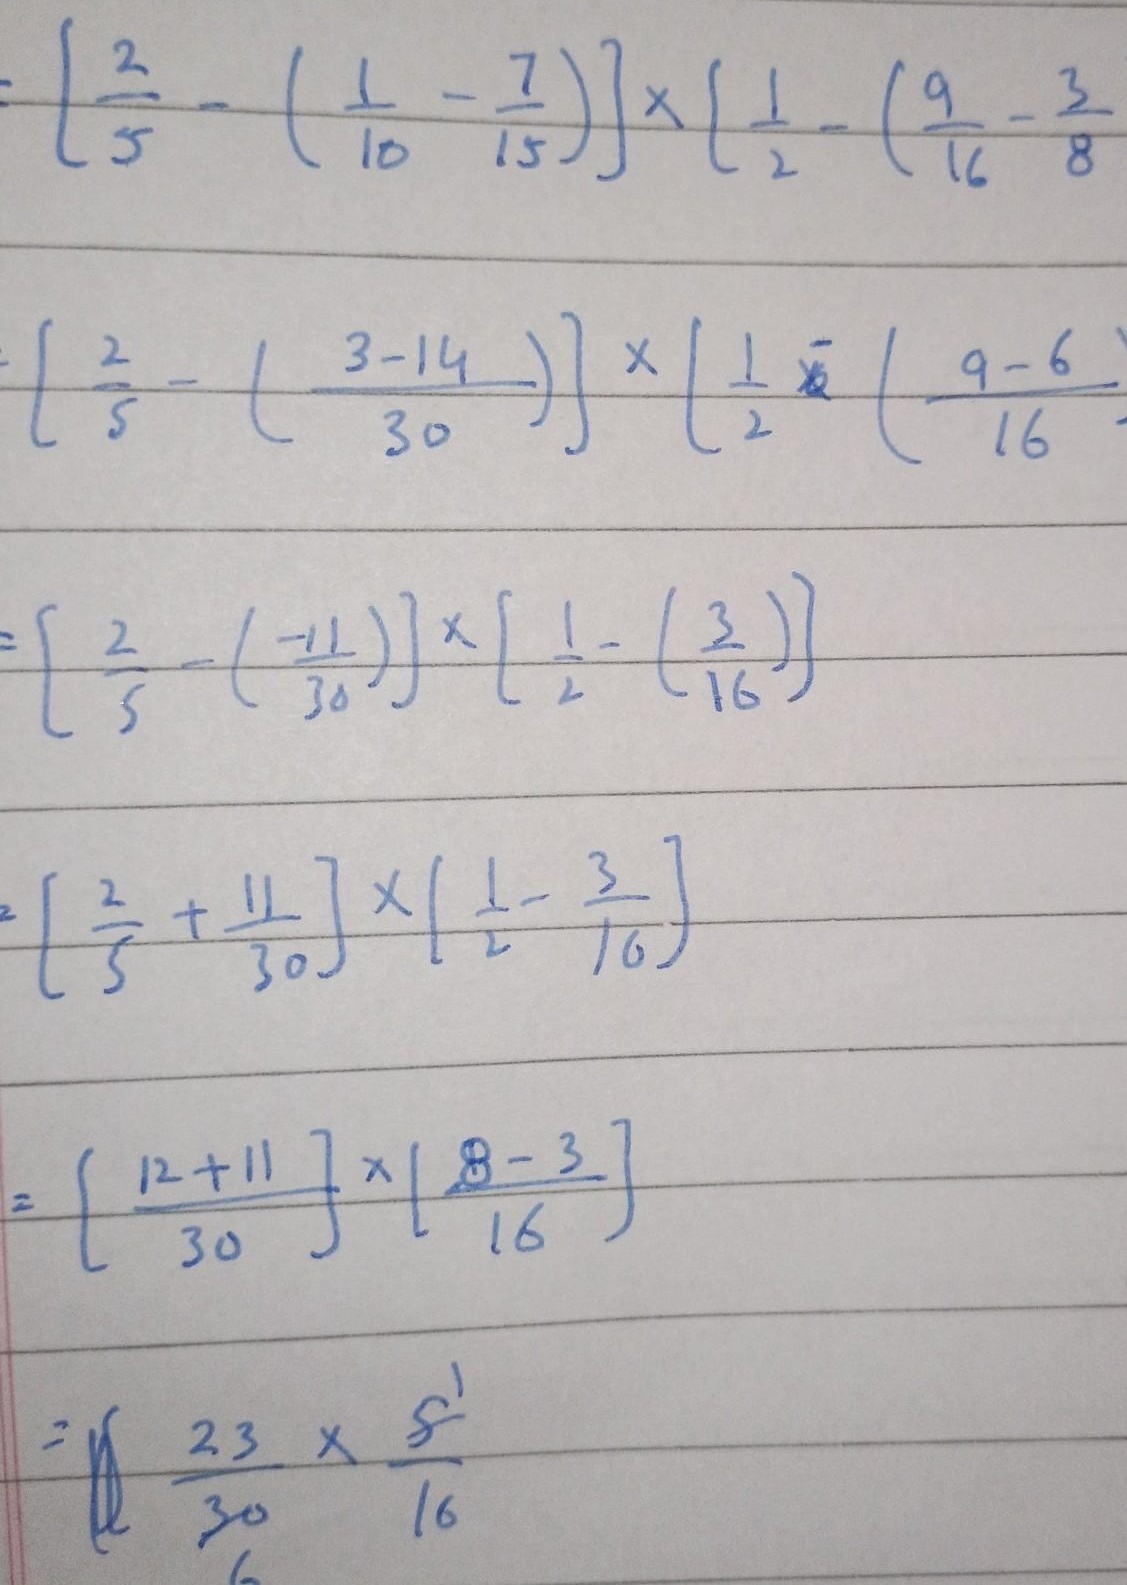
\[
\begin{align*}
&=\left[\frac{2}{5}-\left(\frac{1}{10}-\frac{7}{15}\right)\right]\times\left[\frac{1}{2}-\left(\frac{9}{16}-\frac{3}{8}\right)\right]\\
&=\left[\frac{2}{5}-\left(\frac{3 - 14}{30}\right)\right]\times\left[\frac{1}{2}-\left(\frac{9 - 6}{16}\right)\right]\\
&=\left[\frac{2}{5}-\left(\frac{- 11}{30}\right)\right]\times\left[\frac{1}{2}-\left(\frac{3}{16}\right)\right]\\
&=\left[\frac{2}{5}+\frac{11}{30}\right]\times\left[\frac{1}{2}-\frac{3}{16}\right]\\
&=\left[\frac{12 + 11}{30}\right]\times\left[\frac{8 - 3}{16}\right]\\
&=\frac{23}{30}\times\frac{5}{16}\\
&=\frac{23}{96}
\end{align*}
\]